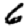
Digit: 6